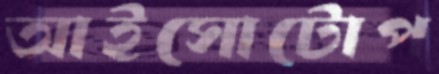
আইসোটোপ